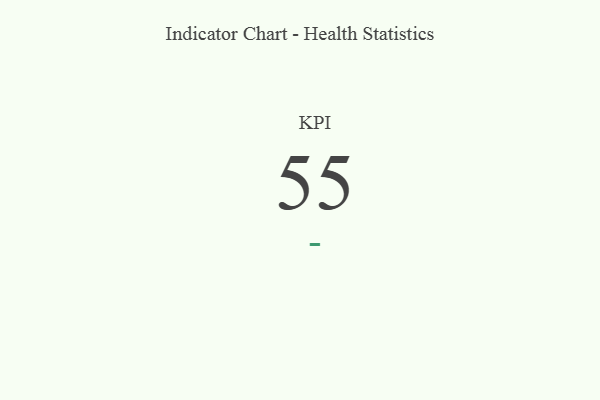
{"axis": {"x": "KPI", "y": "Value"}, "legend": [""], "data": [{"x": "KPI", "y": 55, "type": ""}]}